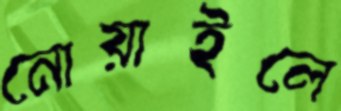
নোয়াইলে